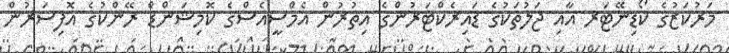
މަރުކަޒުގެ ކޯޑިނޭޓަރ އާއި ޖަލުތަކުގެ ޑައިރެކްޓަރުންގެ އިތުރުން އެމްސީއެސްގެ ކޮމިޝަންޑް ރޭންކުގެ އޮފިސަރުން